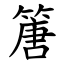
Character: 篖